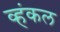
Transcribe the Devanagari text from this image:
व्हंकल